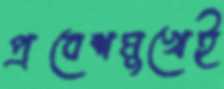
প্রবেশমুখেই